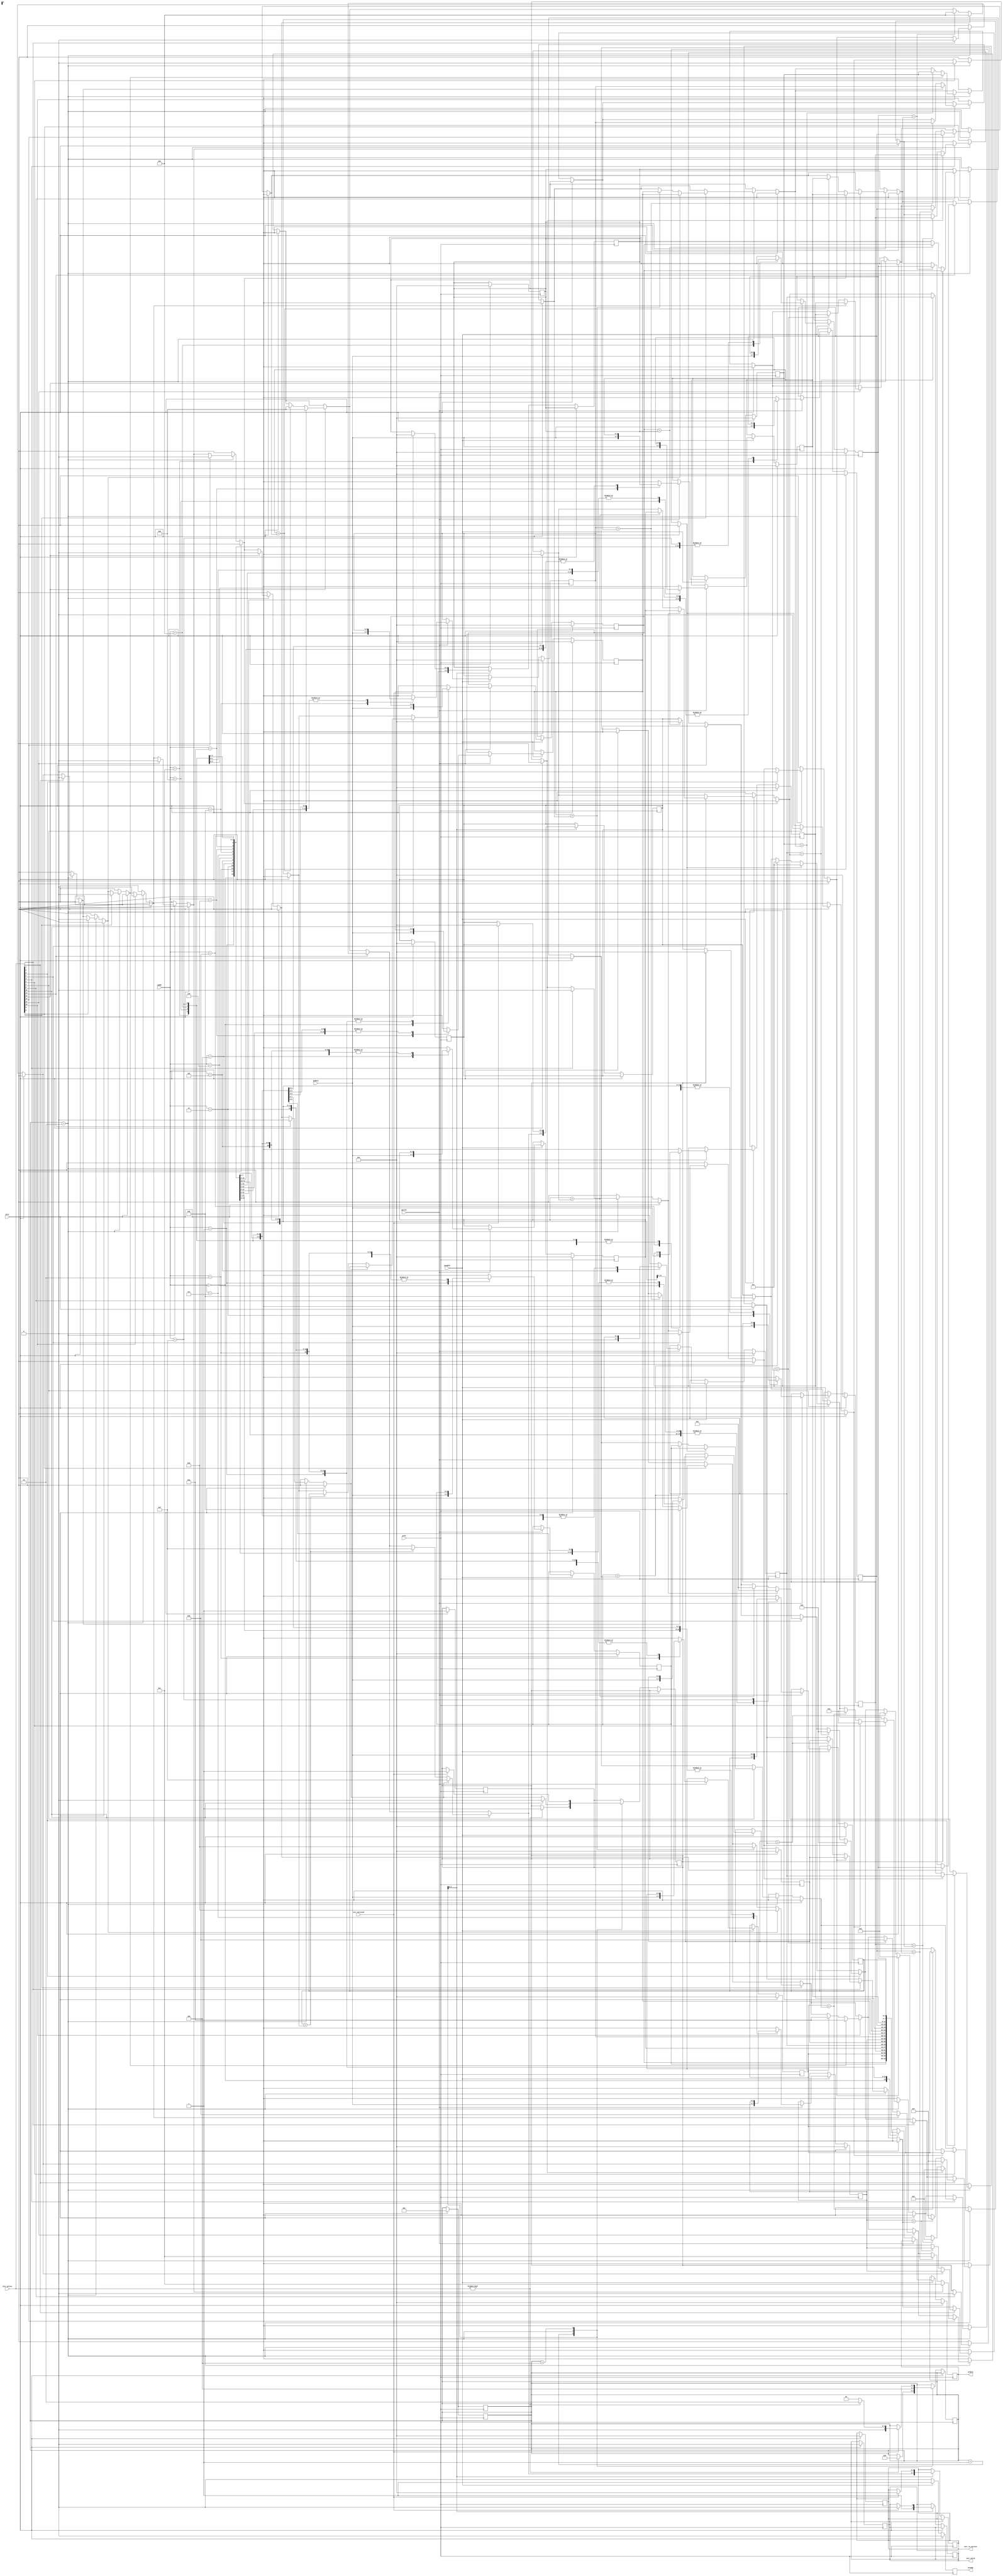
module intr_ctrl(pclk, prst, penable, pready, paddr, pwrite, pwdata, prdata, intr_to_service, intr_valid , intr_serviced, intr_active);
parameter NO_INTR=3'b001; 
parameter INTR_ACTIVE=3'b010;
parameter WAIT_FOR_SERVICE=3'b100;
input pclk, prst, penable, pwrite, intr_serviced;
input [3:0]paddr, pwdata;
input  [15:0]intr_active; // from peripherals
output reg pready, intr_valid;
output reg [3:0] prdata, intr_to_service;


reg [3:0]priorityreg[15:0];

reg [2:0] state, next_state;
reg first_match_flag;
reg [3:0] highest_prio, highest_prio_interrupt;
integer i;
//1 writing to register
always @(posedge pclk) begin
	if (prst) begin
		pready=0;
		intr_valid=0;
		prdata=0;
		intr_to_service=0;
		state = NO_INTR;
		next_state=NO_INTR;
		first_match_flag=1;
		highest_prio_interrupt=0;
		highest_prio=0;

		for (i=0;i<16;i=i+1) priorityreg[i]=0;
	end
	else begin
		if (penable) begin
			pready=1;
			if (pwrite) priorityreg[paddr]=pwdata;
			else prdata=priorityreg[paddr];			
		end
		else pready=0;
	end
end

//2 interrupt processing
always @(posedge pclk) begin
	if (prst==0) begin
		case (state)
			NO_INTR: begin
					if(intr_active) begin
						next_state=INTR_ACTIVE;
						first_match_flag=1;
					end
			end

			INTR_ACTIVE: begin
			//to find the interrupt with highest priority out of active interrupts
					for(i=0; i<16;i=i+1) begin
						if (intr_active[i]) begin
							if (first_match_flag) begin
								highest_prio=priorityreg[i];
								highest_prio_interrupt=i;
								first_match_flag=0;
							end
							else begin //if first_match_flag==0
								if (priorityreg[i]>highest_prio) begin
									highest_prio=priorityreg[i];
									highest_prio_interrupt=i;										end
							end
						end
					end //end of for loop
					intr_to_service=highest_prio_interrupt;
					intr_valid=1;
					next_state=WAIT_FOR_SERVICE;
			end

			WAIT_FOR_SERVICE: begin
					if (intr_serviced==1) begin
						first_match_flag=1;//since 1 cycle of interrupt processing is completed because it should start afresh to find out next high priority interrupt
						highest_prio_interrupt=0;
						highest_prio=0;
						intr_to_service=0;
						intr_valid=0;
						if (intr_active !=0) next_state=INTR_ACTIVE;
						else next_state=NO_INTR;
					end
			end

		endcase

	end

end
always @(next_state) state =next_state;
endmodule